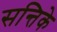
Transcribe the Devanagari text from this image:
सन्तिके